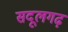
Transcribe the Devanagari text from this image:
सदूलगढ़